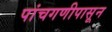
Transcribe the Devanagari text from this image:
पांचगणीपासून